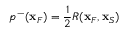
p ^ { - } ( { \bf x } _ { F } ) = \frac { 1 } { 2 } R ( { \bf x } _ { F } , { \bf x } _ { S } )